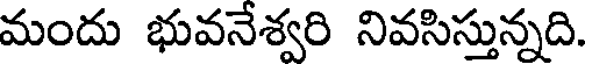
మందు భువనేశ్వరి నివసిస్తున్నది.